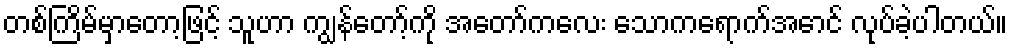
တစ်ကြိမ်မှာတော့ဖြင့် သူဟာ ကျွန်တော့်ကို အတော်ကလေး သောကရောက်အောင် လုပ်ခဲ့ပါတယ်။